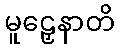
မူဠှေနာတိ